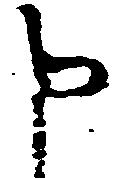
申